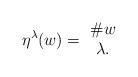
LaTeX: \begin{align*} \eta^\lambda(w) = \ \begin{matrix} \# w \\ \lambda. \end{matrix}\end{align*}